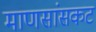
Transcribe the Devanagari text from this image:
माणसांसकट